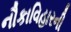
નૌકાવિહારની